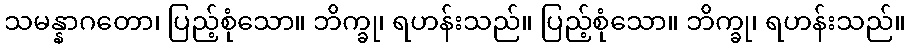
သမန္နာဂတော၊ ပြည့်စုံသော။ ဘိက္ခု၊ ရဟန်းသည်။ ပြည့်စုံသော။ ဘိက္ခု၊ ရဟန်းသည်။